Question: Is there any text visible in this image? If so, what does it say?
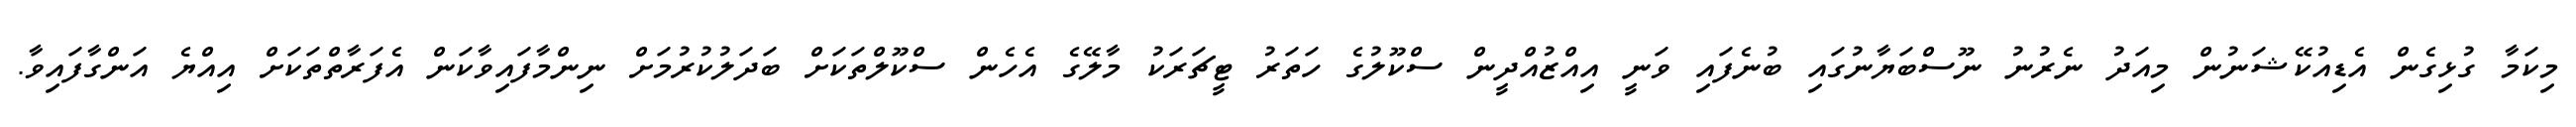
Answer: މިކަމާ ގުޅިގެން އެޑިއުކޭޝަނުން މިއަދު ނެރުނު ނޫސްބަޔާނުގައި ބުނެފައި ވަނީ އިއްޒުއްދީން ސްކޫލުގެ ހަތަރު ޓީޗަރަކު މާލޭގެ އެހެން ސްކޫލްތަކަށް ބަދަލުކުރުމަށް ނިންމާފައިވާކަން އެފަރާތްތަކަށް އިއްޔެ އަންގާފައިވާ.